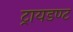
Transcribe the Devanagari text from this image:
ट्रायडण्ट